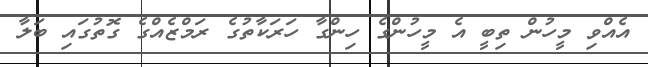
އެއްވި މީހުން ތިބީ އެ މީހުންގެ ހިންގާ ހަރަކާތުގެ ރަމްޒެއްގެ ގޮތުގައި ބަލާ